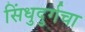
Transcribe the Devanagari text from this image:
सिंधुदुर्गचा